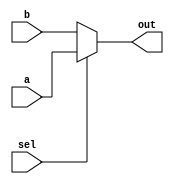
module top_module (
    input sel,
    input [7:0] a,
    input [7:0] b,
    output [7:0]out);

    always@(sel)
    begin
        if (sel)
        begin
            out = a;
    	end
        else
        begin
            out = b;
    	end
    end

endmodule